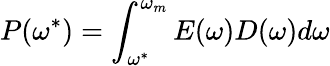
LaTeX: P(\omega^{*})=\int_{\omega^{*}}^{\omega_{m}}E(\omega)D(\omega)d\omega